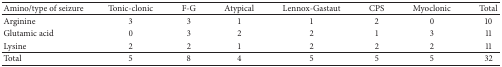
| Amino/type of seizure | Tonic-clonic | F-G | Atypical | Lennox-Gastaut | CPS | Myoclonic | Total |
 | --- | --- | --- | --- | --- | --- | --- | --- |
 | Arginine | 3 | 3 | 1 | 1 | 2 | 0 | 10 |
 | Glutamic acid | 0 | 3 | 2 | 2 | 1 | 3 | 11 |
 | Lysine | 2 | 2 | 1 | 2 | 2 | 2 | 11 |
 | Total | 5 | 8 | 4 | 5 | 5 | 5 | 32 |